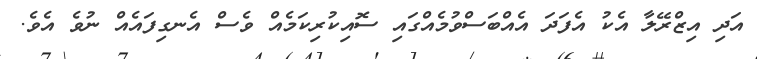
އަދި އިޒްރޭލާ އެކު އެފަދަ އެއްބަސްވުމެއްގައި ސޮއިކުރިކަމެއް ވެސް އެނގިފައެއް ނުވެ އެވެ.